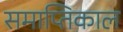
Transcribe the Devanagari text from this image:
समाप्तिकाल